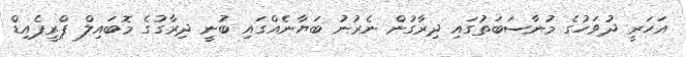
އަހަރީ ދުވަހުގެ މުނާސަބަތުގައި ދިރާގުން ނެރުނު ބަޔާނެއްގައި ބުނީ ދިރާގުގެ މޮބައިލް ޕްރީޕެއިޑް